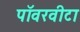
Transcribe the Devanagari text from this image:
पॉवरवीटा